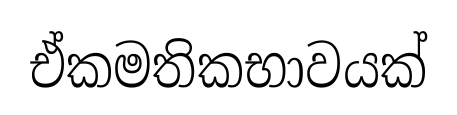
ඒකමතිකභාවයක්